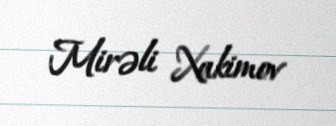
Mirəli Xakimov